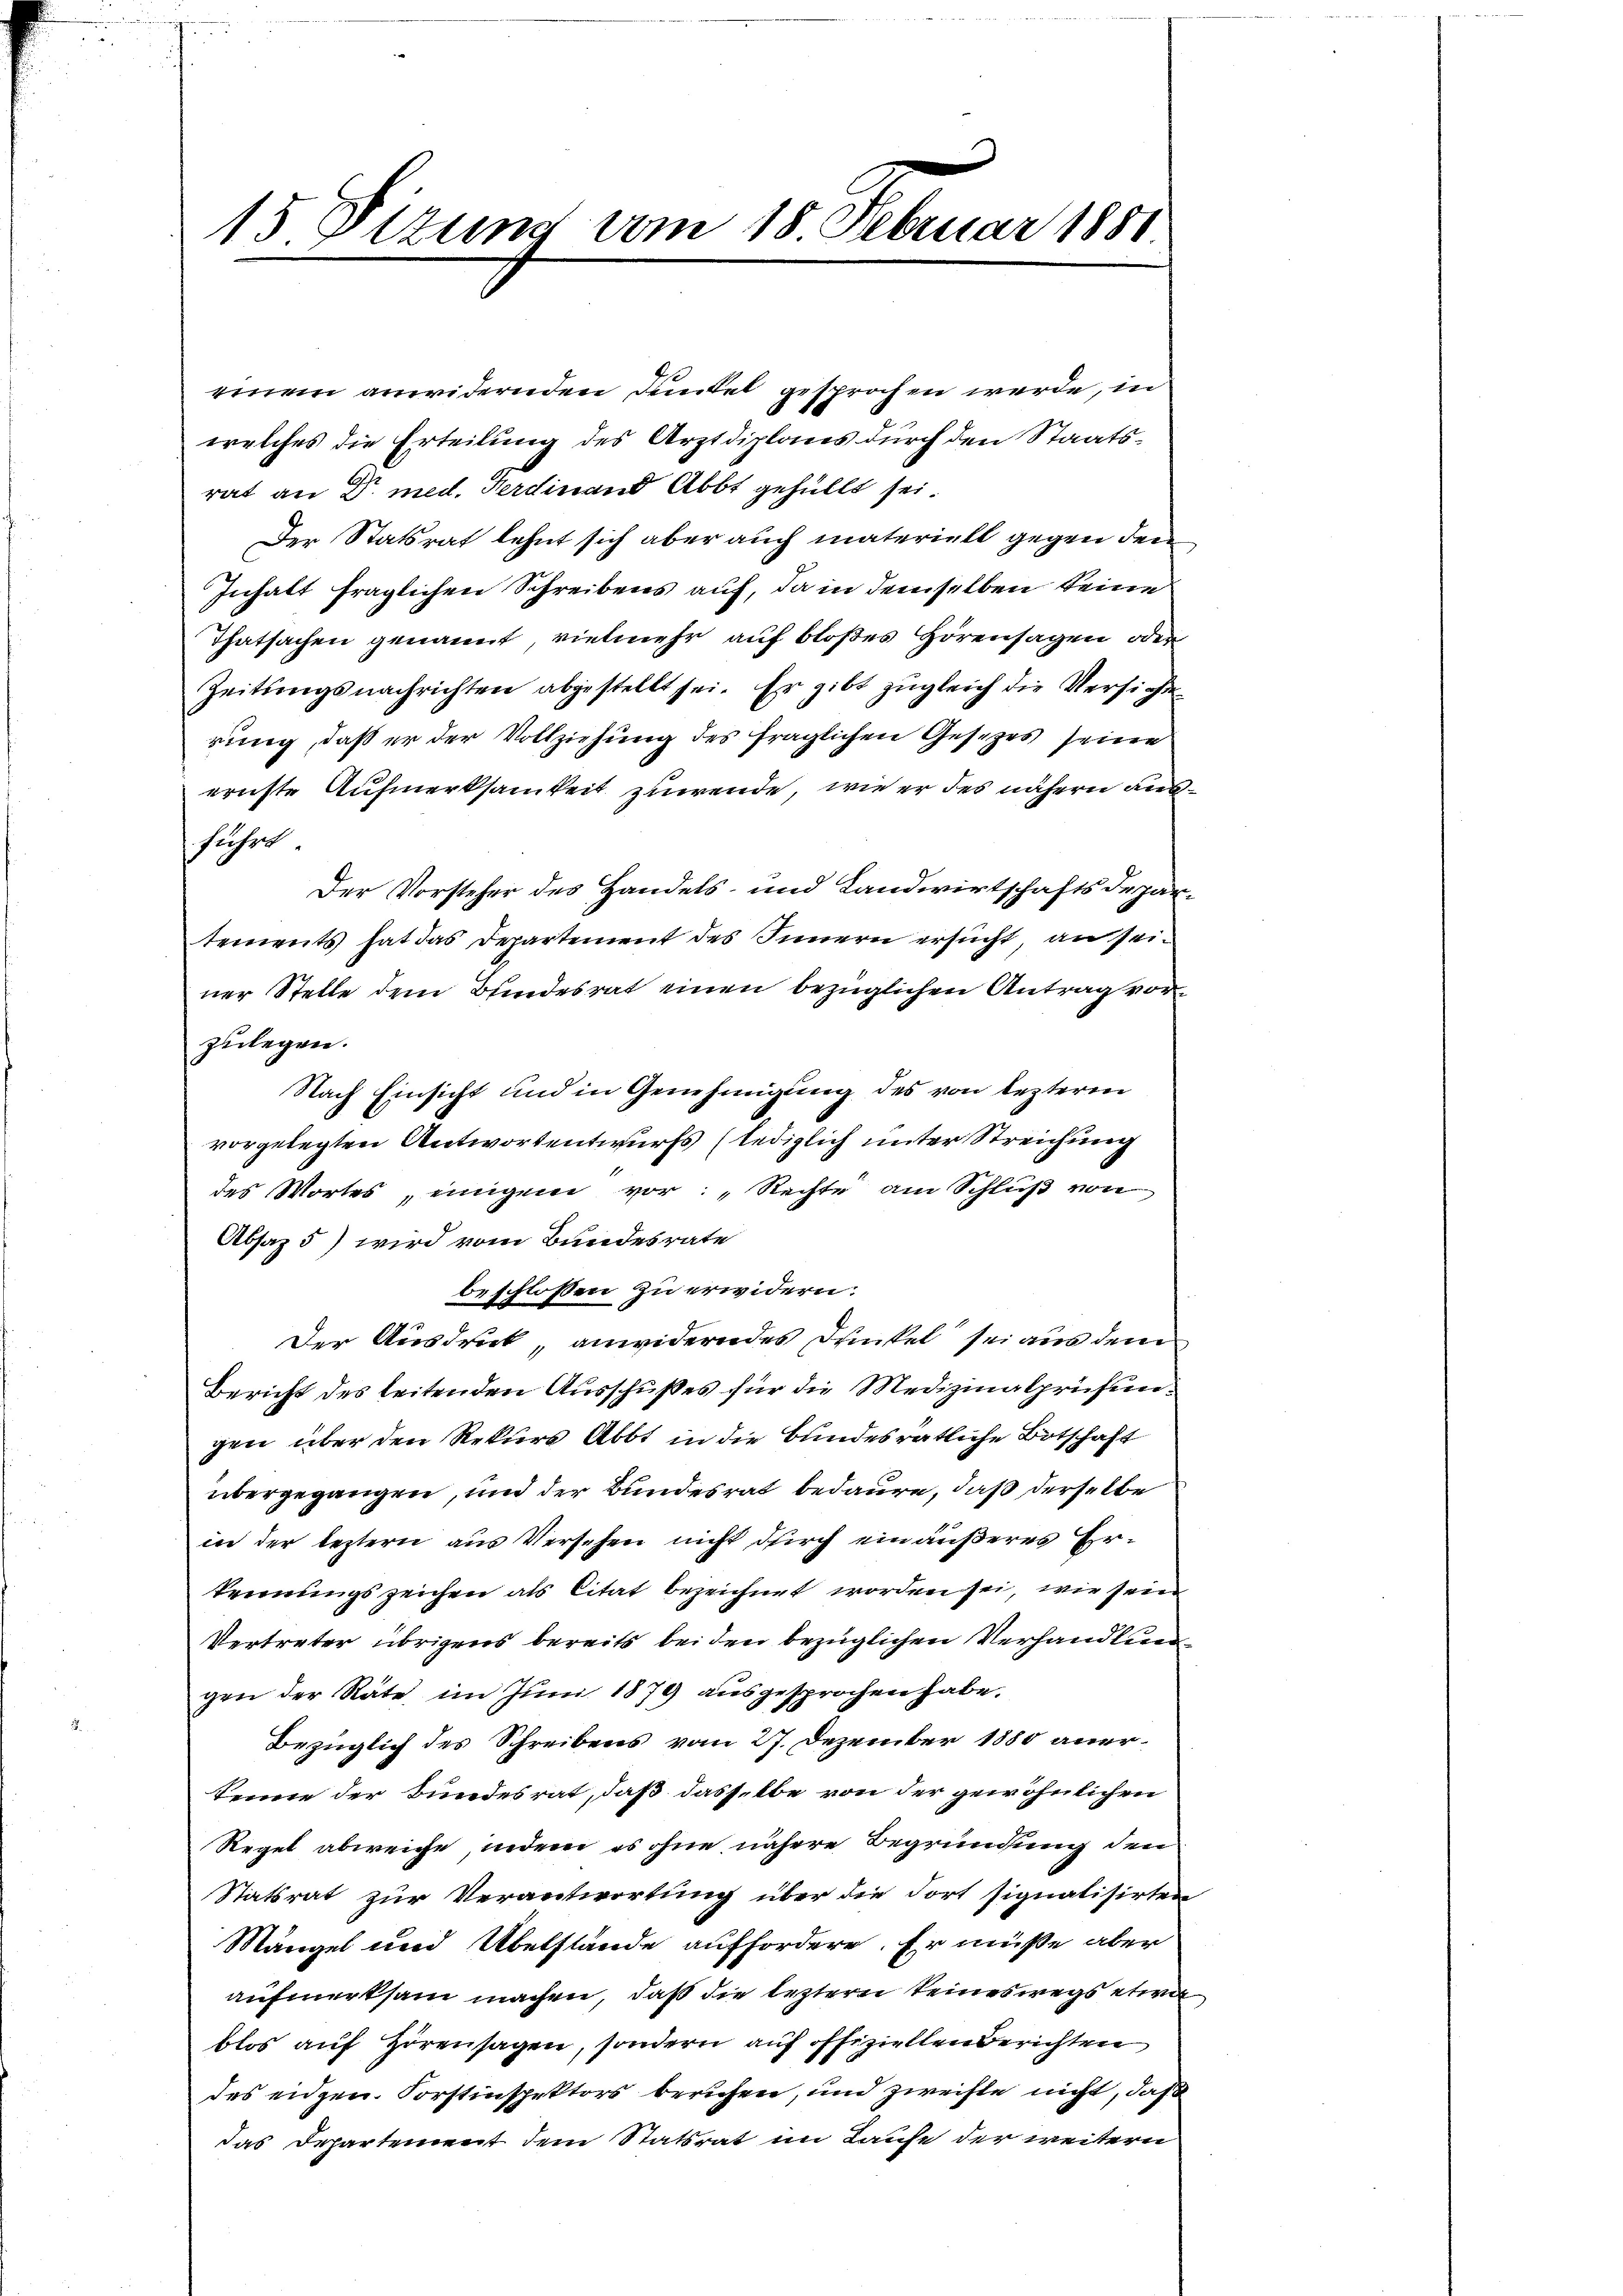
15. Dizung vom 18. Februar 1881.

einem anwidernden Dunkel gesprochen werde, in
welches die Erteilung des Arztdiplans durch den Staatsrat an Dr. med. Ferdinand Abbt gehüllt sei.
Der Statsrat lehnt sich aber auch materiell gegen den
Inhalt fraglichen Schreibens auf, da in demselben keine
Thatsachen genannt, vielmehr auf bloßes Hörensagen oder
Zeitungsnachrichten abgestellt sei. Er gibt zŭgleich die Versichte
rung, daß er der Vollziehung des fraglichen Gesetzes seine
ernste Aufmerksamkeit zuwende, wie er des nähern ausführt.
Der Vorsteher des Handels- und Landwirtschaftsdepartements hat das Departement des Innern ersucht, an seiner Stelle dem Bundesrat einen bezüglichen Antrag vorzulegen.
Nach Einsicht und in Genehmigung des von lezteren
vorgelegten Antwortentwurfs (lediglich unter Streichung
des Wortes, einigem vor: Rechte am Schluß von
Absaz 5) wird vom Bundesrate
beschlossen zu erwidern.
Der Ausdruck anwiderndes Dunkel sei aus dem
Bericht des leitenden Ausschußes für die Medizinalprüfengen über den Rekurs Abbt in die bundesrätliche Botschaft
übergegangen, und der Bundesrat bedaure, daß derselbe
in der leztern aus Versehen nicht durch ein äußeres Erkennungszeichen als Citat bezeichnet worden sei, wie sein
Vertreter übrigens bereits bei den bezüglichen Verhandlung
gen der Räte, im Juni 1879 ausgesprochen habe.
Bezüglich des Schreibens vom 27. Dezember 1880 aner¬
Senne der Bundesrat, daß dasselbe von der gewöhnlichen
Regel abweiche, indem es ohne nähere Begründung den
Statsrat zur Verantwortung über die dort signalisirten
Mängel und Übelstände auffordere. Er müße aber
aufmerksam machen, daß die leztern keineswegs etwa
blos auf Hörensagen, sondern auf offiziellen Berichten
des eidgen. Forstinspektors beruhen, und zweifle nicht, daß
das Departement dem Statsrat im Laufe der weitern